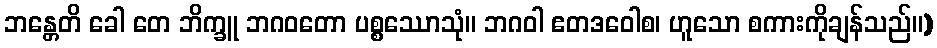
ဘန္တေတိ ခေါ တေ ဘိက္ခူ ဘဂဝတော ပစ္စဿောသုံ။ ဘဂဝါ ဧတဒဝေါစ၊ ဟူသော စကားကိုချန်သည်။)